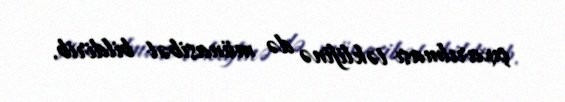
çıxarılması təklifinə də münasibət bildirib.